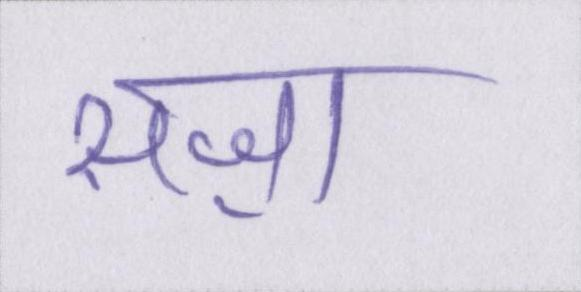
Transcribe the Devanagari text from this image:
सज़ा